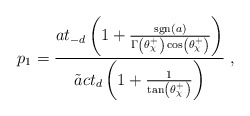
\begin{align*}p_1 = \frac{a t_{-d} \left( 1 + \frac{{\rm sgn}(a)}{\Gamma \left( \theta^+_{\chi} \right) \cos \left( \theta^+_{\chi} \right)} \right)}{\tilde{a} c t_d \left( 1 + \frac{1}{\tan \left( \theta^+_{\chi} \right)} \right)} \;,\end{align*}